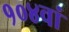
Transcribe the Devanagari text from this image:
१०४वां